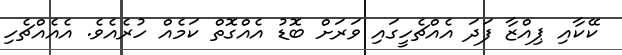
ކޭކާއި ޕިއްޒާ ފަދަ އެއްޗެހީގައި ވަރަށް ބޮޑު އެއްގޮތް ކަމެއް ހުރެއެވެ. އެއެއްޗެހި